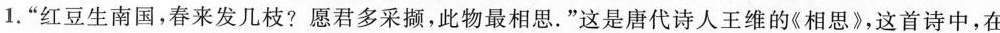
1.”红豆生南国，春来发几枝?愿君多采撷，此物最相思。”这是唐代诗人王维的《相思》，这首诗中，在